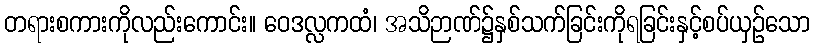
တရားစကားကိုလည်းကောင်း။ ဝေဒလ္လကထံ၊ အသိဉာဏ်၌နှစ်သက်ခြင်းကိုရခြင်းနှင့်စပ်ယှဉ်သော